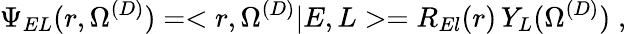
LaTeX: \Psi_{EL}(r,\Omega^{(D)})=<r,\Omega^{(D)}|E,L>=R_{El}(r)\, Y_{L}(\Omega^{(D)})\; ,